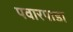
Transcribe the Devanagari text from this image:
पवारपाडा